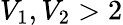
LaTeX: V_{1},V_{2}>2